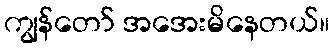
ကျွန်တော် အအေးမိနေတယ်။